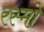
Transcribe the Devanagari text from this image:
रस्मो